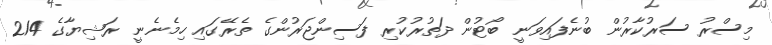
މިސްރު ސަރުކާރުން ބުނެފައިވަނީ ބޯޓުން ދަތުރުކުރި ފަސިންޖަރުންގެ ތެރޭގައި ހިމެނެނީ ރަޝިޔާގެ 214